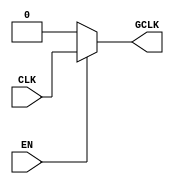
module static_clock_gating (
    input wire CLK,        // Primary clock signal
    input wire EN,         // Enable signal for clock gating
    output wire GCLK       // Gated clock output
);

// Gating logic to generate the gated clock signal
assign GCLK = EN ? CLK : 1'b0; // GCLK follows CLK when EN is high, otherwise GCLK is low

endmodule